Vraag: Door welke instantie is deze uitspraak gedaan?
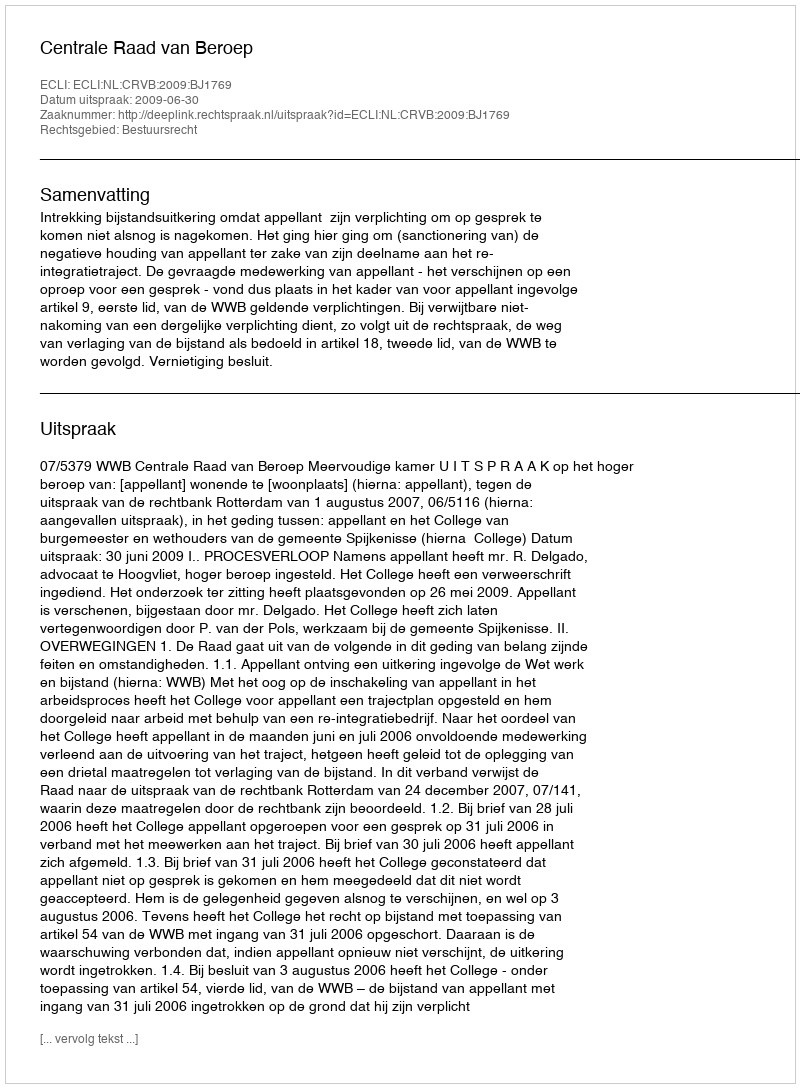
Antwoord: Centrale Raad van Beroep